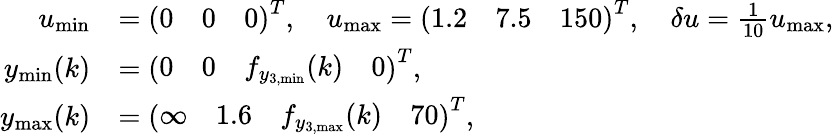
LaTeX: \begin{array}{rl}{u_{\mathrm{min}}}&{=\left(\begin{array}{lll}{0}&{0}&{0}\end{array}\right)^{T},\quad u_{\mathrm{max}}=\left(\begin{array}{lll}{1.2}&{7.5}&{150}\end{array}\right)^{T},\quad\delta u=\frac{1}{10}u_{\mathrm{max}},}\\ {y_{\mathrm{min}}(k)}&{=\left(\begin{array}{llll}{0}&{0}&{f_{y_{3,\mathrm{min}}}(k)}&{0}\end{array}\right)^{T},}\\ {y_{\mathrm{max}}(k)}&{=\left(\begin{array}{llll}{\infty}&{1.6}&{f_{y_{3,\mathrm{max}}}(k)}&{70}\end{array}\right)^{T},}\end{array}